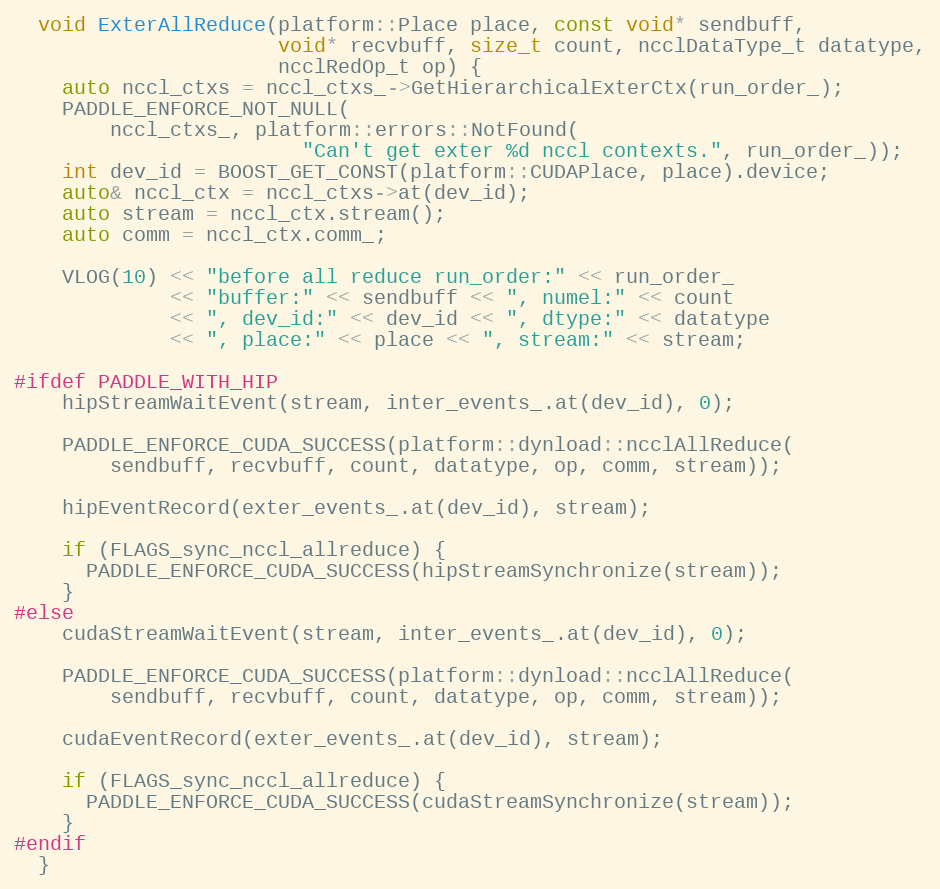
Language: C
  void ExterAllReduce(platform::Place place, const void* sendbuff,
                      void* recvbuff, size_t count, ncclDataType_t datatype,
                      ncclRedOp_t op) {
    auto nccl_ctxs = nccl_ctxs_->GetHierarchicalExterCtx(run_order_);
    PADDLE_ENFORCE_NOT_NULL(
        nccl_ctxs_, platform::errors::NotFound(
                        "Can't get exter %d nccl contexts.", run_order_));
    int dev_id = BOOST_GET_CONST(platform::CUDAPlace, place).device;
    auto& nccl_ctx = nccl_ctxs->at(dev_id);
    auto stream = nccl_ctx.stream();
    auto comm = nccl_ctx.comm_;

    VLOG(10) << "before all reduce run_order:" << run_order_
             << "buffer:" << sendbuff << ", numel:" << count
             << ", dev_id:" << dev_id << ", dtype:" << datatype
             << ", place:" << place << ", stream:" << stream;

#ifdef PADDLE_WITH_HIP
    hipStreamWaitEvent(stream, inter_events_.at(dev_id), 0);

    PADDLE_ENFORCE_CUDA_SUCCESS(platform::dynload::ncclAllReduce(
        sendbuff, recvbuff, count, datatype, op, comm, stream));

    hipEventRecord(exter_events_.at(dev_id), stream);

    if (FLAGS_sync_nccl_allreduce) {
      PADDLE_ENFORCE_CUDA_SUCCESS(hipStreamSynchronize(stream));
    }
#else
    cudaStreamWaitEvent(stream, inter_events_.at(dev_id), 0);

    PADDLE_ENFORCE_CUDA_SUCCESS(platform::dynload::ncclAllReduce(
        sendbuff, recvbuff, count, datatype, op, comm, stream));

    cudaEventRecord(exter_events_.at(dev_id), stream);

    if (FLAGS_sync_nccl_allreduce) {
      PADDLE_ENFORCE_CUDA_SUCCESS(cudaStreamSynchronize(stream));
    }
#endif
  }